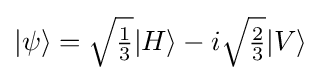
{\textstyle |\psi \rangle ={\sqrt {\frac {1}{3}}}|H\rangle -i{\sqrt {\frac {2}{3}}}|V\rangle }